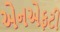
એનએફટી